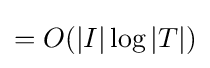
=O(|I|\log |T|)